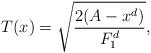
LaTeX: \begin{align*}T(x)=\sqrt{\frac{2(A-x^{d})}{F_{1}^{d}}},\end{align*}